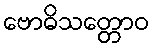
ဗောဓိသတ္တောဝ